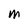
Character: M